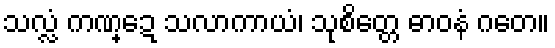
သလ္လံ ကဏ္ဍေ သလာကာယံ၊ သုစိတ္တေ ဓာဝနံ ဂတေ။